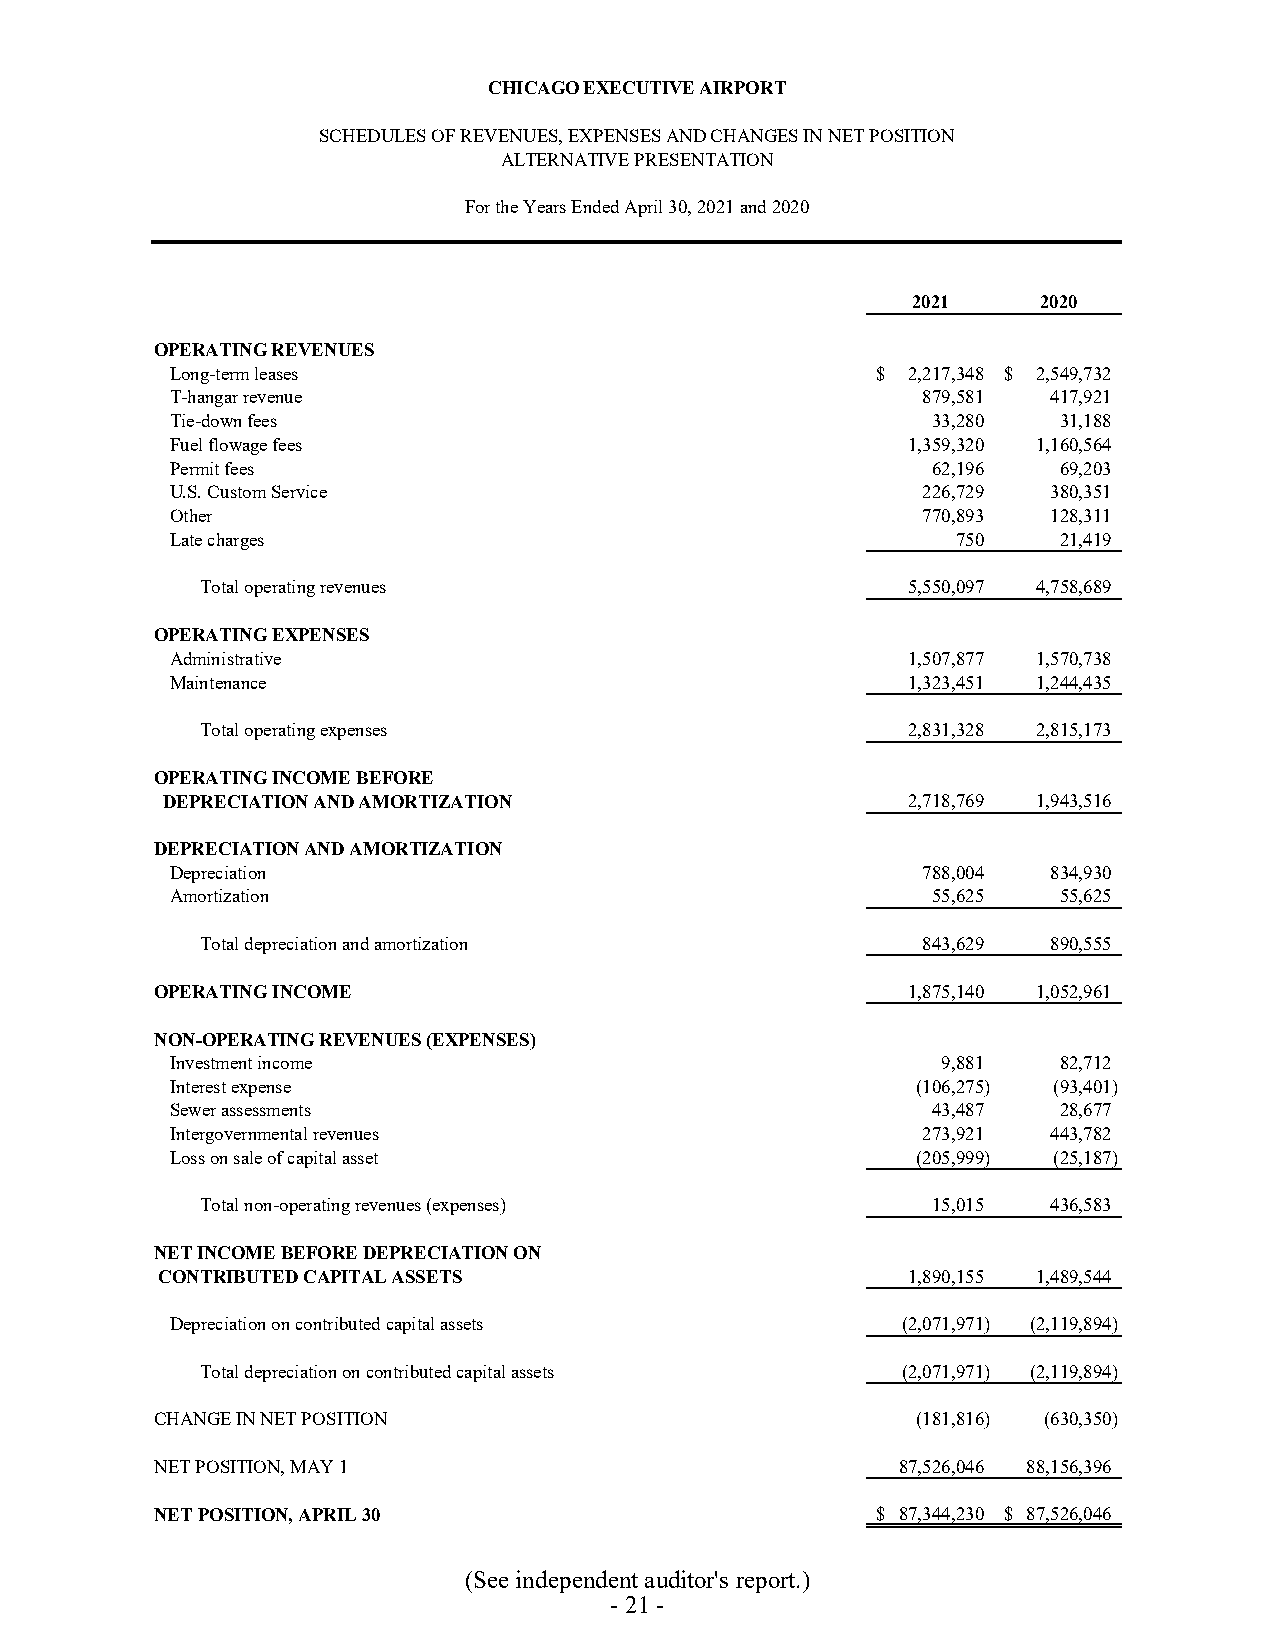
CHICAGO EXECUTIVE AIRPORT
 SCHEDULES OF REVENUES, EXPENSES AND CHANGES IN NET POSITION
 ALTERNATIVE PRESENTATION
 For the Years Ended April 30, 2021 and 2020
 2021     2020
 OPERATING REVENUES
 Long-term leases                               $ 2,217,348 $ 2,549,732
 T-hangar revenue                                  879,581  417,921
 Tie-down fees                                      33,280  31,188
 Fuel flowage fees                                1,359,320 1,160,564
 Permit fees                                        62,196  69,203
 U.S. Custom Service                               226,729  380,351
 Other                                             770,893  128,311
 Late charges                                        750    21,419
 Total operating revenues                       5,550,097 4,758,689
 OPERATING EXPENSES
 Administrative                                   1,507,877 1,570,738
 Maintenance                                      1,323,451 1,244,435
 Total operating expenses                       2,831,328 2,815,173
 OPERATING INCOME BEFORE
 DEPRECIATION AND AMORTIZATION                    2,718,769 1,943,516
 DEPRECIATION AND AMORTIZATION
 Depreciation                                      788,004  834,930
 Amortization                                       55,625  55,625
 Total depreciation and amortization             843,629  890,555
 OPERATING INCOME                                  1,875,140 1,052,961
 NON-OPERATING REVENUES (EXPENSES)
 Investment income                                  9,881   82,712
 Interest expense                                  (106,275) (93,401)
 Sewer assessments                                  43,487  28,677
 Intergovernmental revenues                        273,921  443,782
 Loss on sale of capital asset                     (205,999) ( 25,187)
 Total non-operating revenues (expenses)          15,015  436,583
 NET INCOME BEFORE DEPRECIATION ON
 CONTRIBUTED CAPITAL ASSETS                       1,890,155 1,489,544
 Depreciation on contributed capital assets       (2,071,971) (2,119,894)
 Total depreciation on contributed capital assets (2,071,971) (2,119,894)
 CHANGE IN NET POSITION                             (181,816) (630,350)
 NET POSITION, MAY 1                               87,526,046 88,156,396
 NET POSITION, APRIL 30                          $ 87,344,230 $ 87,526,046
 (See independent auditor's report.)
 - 21 -